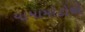
યામામોટોએ